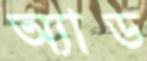
অ্যাড